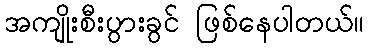
အကျိုးစီးပွားခွင် ဖြစ်နေပါတယ်။